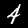
Digit: 4